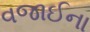
વજાઈના